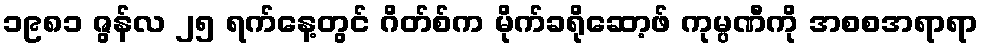
၁၉၈၁ ဇွန်လ ၂၅ ရက်နေ့တွင် ဂိတ်စ်က မိုက်ခရိုဆော့ဖ် ကုမ္ပဏီကို အစစအရာရာ